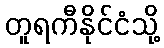
တူရကီနိုင်ငံသို့